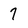
Character: 7